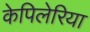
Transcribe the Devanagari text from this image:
केपिलेरिया